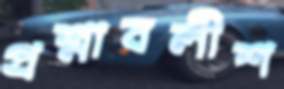
প্রশ্নাবলীশ